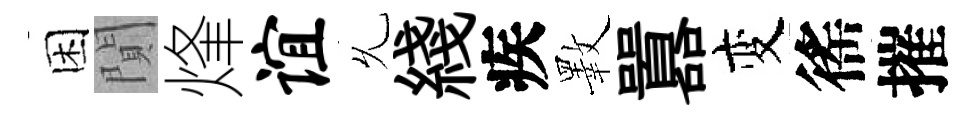
困閴烽谊𠃔綫疾斁囂变徭摧